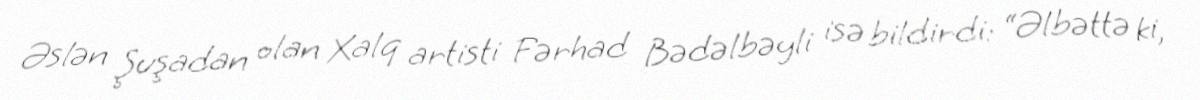
Əslən Şuşadan olan Xalq artisti Fərhad Bədəlbəyli isə bildirdi: “Əlbəttə ki,